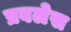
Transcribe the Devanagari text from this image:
प्रबलेस